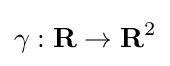
\gamma :\mathbf {R} \to \mathbf {R} ^{2}